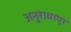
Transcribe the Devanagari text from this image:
अनुराधापूर